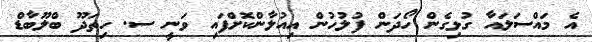
އެ މައްސަލައާ ގުޅިގެން ހޯދަން ފުލުހުން އިއުލާންކޮށްފައި ވަނީ ސ. ހިތަދޫ ބްލޫބާޑް